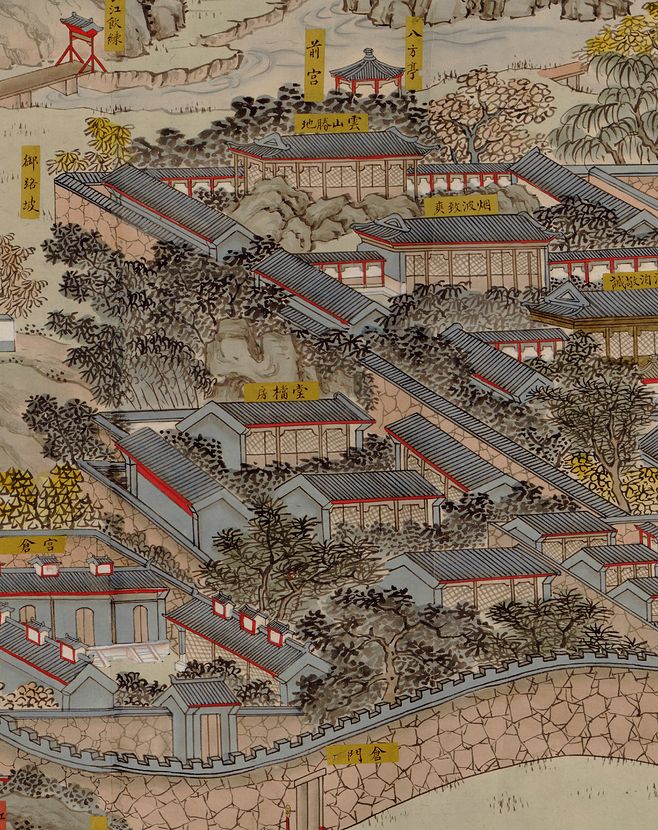
广陵城里昔繁华，炀帝行宫接紫霞。